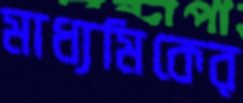
মাধ্যমিকের